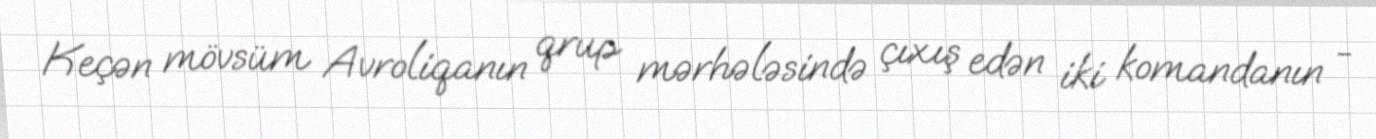
Keçən mövsüm Avroliqanın qrup mərhələsində çıxış edən iki komandanın -